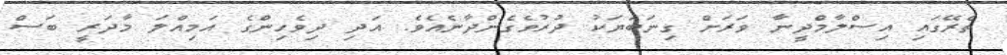
ތެރޭގައި އިސްލާމްދީނާ ވަރަށް ގިނަބަޔަކު ދުރުވެގެންދާނެއެވެ. އަދި ދިވެހިންގެ އަމިއްލަ މާދަރީ ބަސް